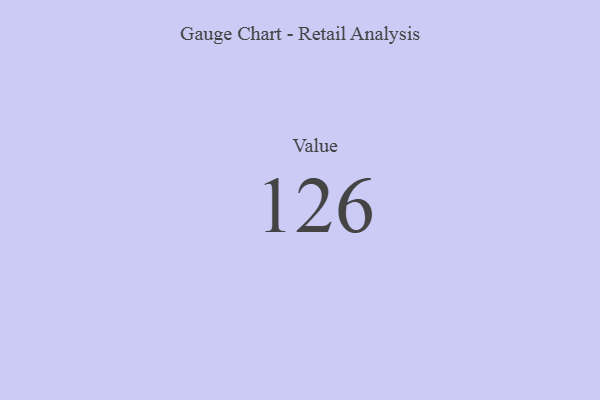
{"axis": {"x": "Metric", "y": "Value"}, "legend": [""], "data": [{"x": "Value", "y": 126, "type": ""}]}